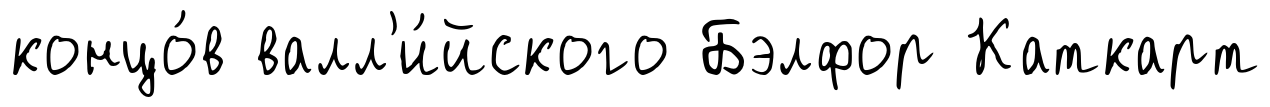
концо́в валл'и́йского Бэлфор Каткарт